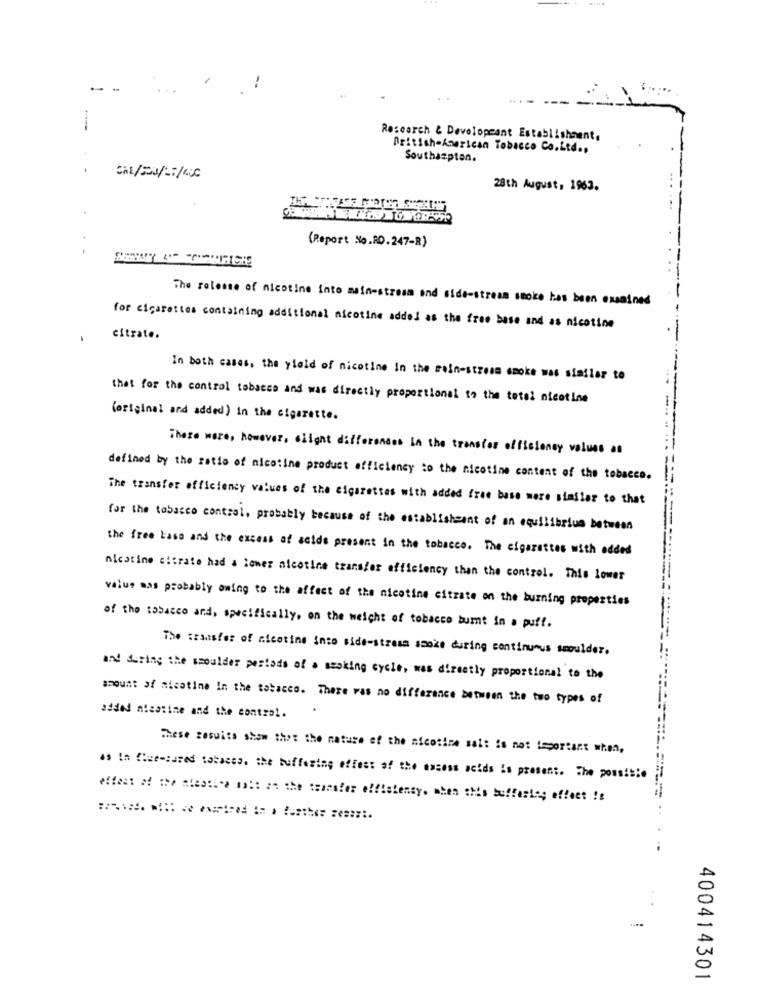
-
--
Research & Developeant Establishment.
British American Tobacco Co.Ltd .,
Southampton.
28th August, 1963.
(Report No. RO.247-R)
The release of nicotine into main-stream and side-stream smoke has been examined
for cigarettes containing additional nicotine added as the free base and as nicotine
citrate.
In both cases, the yield of nicotine In the rain-stress smoke was similar to
that for the control tobacco and was directly proportional to the tetel nicotine
(original and added) in the cigarette.
There were, however, ciight differences in the transfer efficiency values as
defined by the ratio of nicotine product efficiency :o the nicotine content of the tobacco.
The transfer efficiency values of the cigarettes with added free base mere similar to that
for the tobacco control, probably because of the establishment of an equilibrium between
the free Laso and the excess of acide present in the tobacco. The cigarettes with added
nicotine citrate had a lower nicotine transfer efficiency than the control. This lower
value mas probably oming to the affect of the nicotine citrate on the burning properties
of the tobacco and, specifically, on the weight of tobacco bumt in a puff.
The transfer of nicotine into side-stresa smoke during continuous smoulder.
and during the shoulder periods of . swoking cycle, was directly proportional to the
amount of misatine In the tobacco. There was no difference between the two types of
added niestine and the control.
These results show th>: the nature of the nicotine sal: is not important when,
as In Chue-sused tobacco. the buffesine effect of the excess acids is present. The possible
400414301